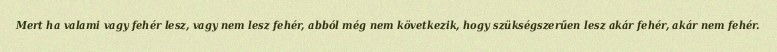
Mert ha valami vagy fehér lesz, vagy nem lesz fehér, abból még nem következik, hogy szükségszerűen lesz akár fehér, akár nem fehér.